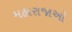
મહારાજાઓ